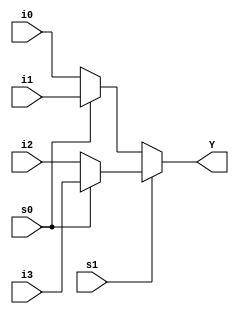
`timescale 1ns / 1ps
//////////////////////////////////////////////////////////////////////////////////
// Company: 
// Engineer: 
// 
// Design Name: 
// Module Name: multiplexer_4to1
// Project Name: 
// Target Devices: 
// Tool Versions: 
// Description: 
// 
// Dependencies: 
// 
// Revision:
// Revision 0.01 - File Created
// Additional Comments:
// 
//////////////////////////////////////////////////////////////////////////////////


module multiplexer_4to1(
    input i0,
    input i1,
    input i2,
    input i3,
    input s1,
    input s0,
    output Y
    );
   assign Y = s1 ? (s0 ? i3 : i2) : (s0 ? i1 : i0);
endmodule